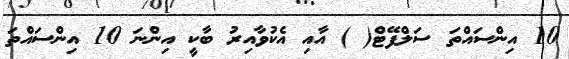
10 އިންސައްތަ ސަލްފޭޓް( ) އާއި އެކުވާއިރު ބާކީ އިންނަ 10 އިންސައްތަ